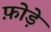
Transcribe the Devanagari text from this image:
फ़ोड़े